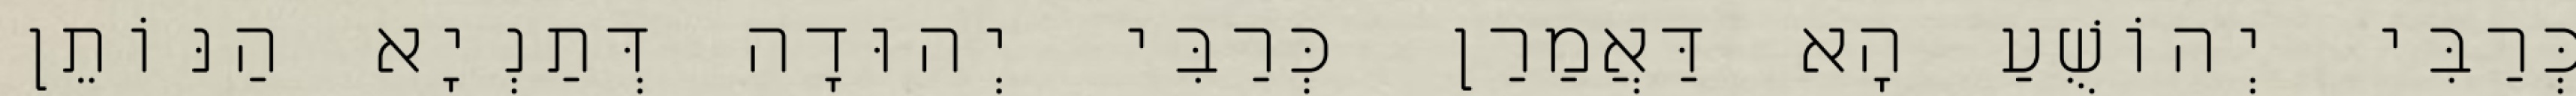
כְּרַבִּי יְהוֹשֻׁעַ הָא דַּאֲמַרַן כְּרַבִּי יְהוּדָה דְּתַנְיָא הַנּוֹתֵן